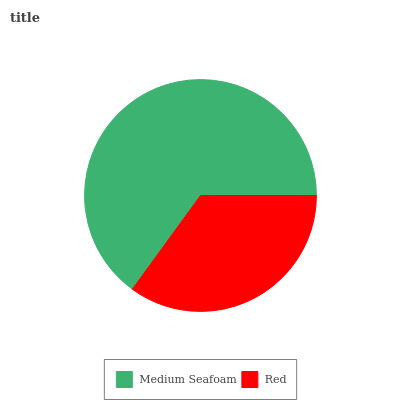
| Medium Seafoam | Red |
 | --- | --- |
 | 65% | 35% |